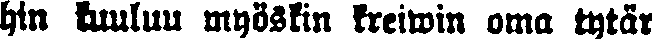
hin luuluu myöskin kreiwin oma tytär